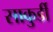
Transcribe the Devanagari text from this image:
साकुर्डी